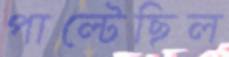
পাল্টেছিল